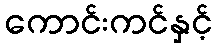
ကောင်းကင်နှင့်